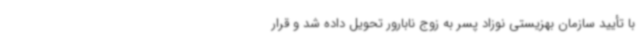
با تأیید سازمان بهزیستی نوزاد پسر به زوج نابارور تحویل داده شد و قرار